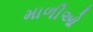
માળીઓ